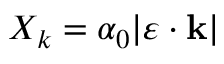
X _ { k } = \alpha _ { 0 } | \boldsymbol { \varepsilon } \cdot \mathbf { k } |